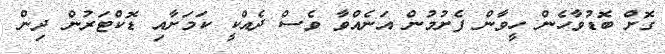
ގޮށް ބޮޑުވާހެން ހީވާން ފެށުމުން އަނެއްވާ ވެސް ދެއްކީ ކަމަށާއި ޑޮކްޓަރުން ދިން